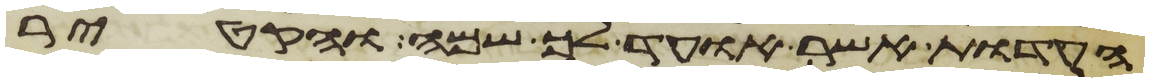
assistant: העדות אשר אועד לך שמה והקטיר